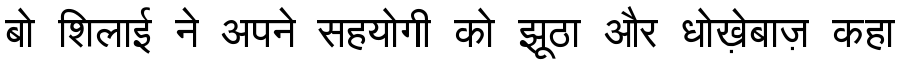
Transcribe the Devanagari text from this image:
बो शिलाई ने अपने सहयोगी को झूठा और धोख़ेबाज़ कहा